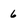
Character: 6